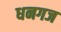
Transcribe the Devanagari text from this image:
धनगज